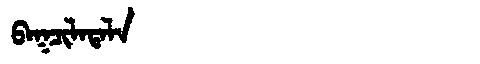
Manchu: ᠪᠠᡴᠴᡳᠯᠠᡨᠠᠯᠠ
Romanization: BAKCILATALA